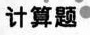
计算题